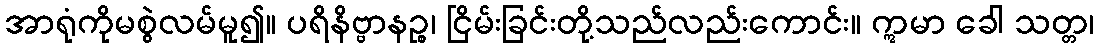
အာရုံကိုမစွဲလမ်မူ၍။ ပရိနိဗ္ဗာနဉ္စ၊ ငြိမ်းခြင်းတို့သည်လည်းကောင်း။ ဣမာ ခေါ သတ္တ၊